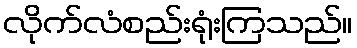
လိုက်လံစည်းရုံးကြသည်။